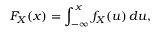
F _ { X } ( x ) = \int _ { - \infty } ^ { x } f _ { X } ( u ) \, d u ,